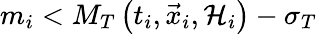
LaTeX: m_{i}<M_{T}\left(t_{i},\vec{x}_{i},{\cal H}_{i}\right)-\sigma_{T}